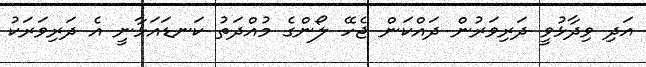
އަދި ވިދާޅުވީ ދަރިވަރުން ދައްކަން ޖެހޭ ލޯންގެ މުުއްދަތު ކަނޑައަޅާނީ އެ ދަރިވަރަކު